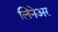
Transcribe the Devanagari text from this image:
लिनेअर